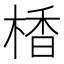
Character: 楿